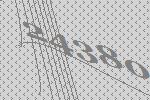
24380